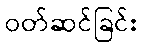
ဝတ်ဆင်ခြင်း